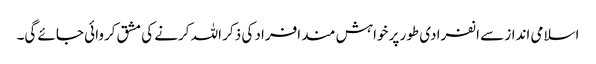
اسلامی انداز سے انفرادی طور پر خواہش مند افراد کی ذکر اللہ کرنے کی مشق کروائی جائے گی۔